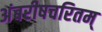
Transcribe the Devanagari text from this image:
अंबरीषचरितम्